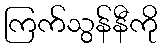
ကြက်သွန်နီကို